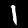
Digit: 1